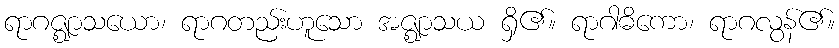
ရာဂဇ္ဈာသယော၊ ရာဂတည်းဟူသော အဇ္ဈာသယ ရှိ၏။ ရာဂါဓိကော၊ ရာဂလွန်၏။